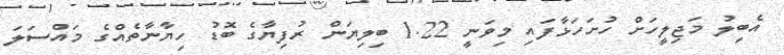
އެބިލު މަޖިލީހަށް ހުށަހަޅާފައި މިވަނީ 1.22 ބިލިޔަން ރުފިޔާގެ ބޮޑު ހިޔާނާތެއްގެ މައްސަލަ